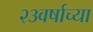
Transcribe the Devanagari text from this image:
२३वर्षाच्या